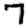
Digit: 7